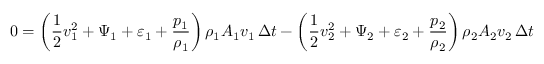
0 = \left( { \frac { 1 } { 2 } } v _ { 1 } ^ { 2 } + \Psi _ { 1 } + \varepsilon _ { 1 } + { \frac { p _ { 1 } } { \rho _ { 1 } } } \right) \rho _ { 1 } A _ { 1 } v _ { 1 } \, \Delta t - \left( { \frac { 1 } { 2 } } v _ { 2 } ^ { 2 } + \Psi _ { 2 } + \varepsilon _ { 2 } + { \frac { p _ { 2 } } { \rho _ { 2 } } } \right) \rho _ { 2 } A _ { 2 } v _ { 2 } \, \Delta t